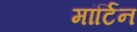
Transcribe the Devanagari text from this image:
मांर्टिन